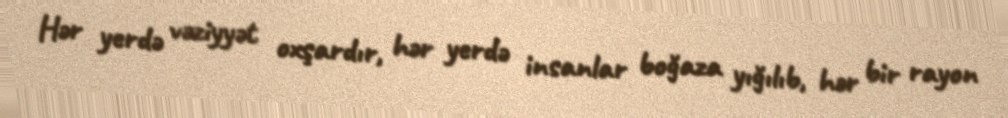
Hər yerdə vəziyyət oxşardır, hər yerdə insanlar boğaza yığılıb, hər bir rayon